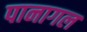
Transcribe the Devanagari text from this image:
पानागल